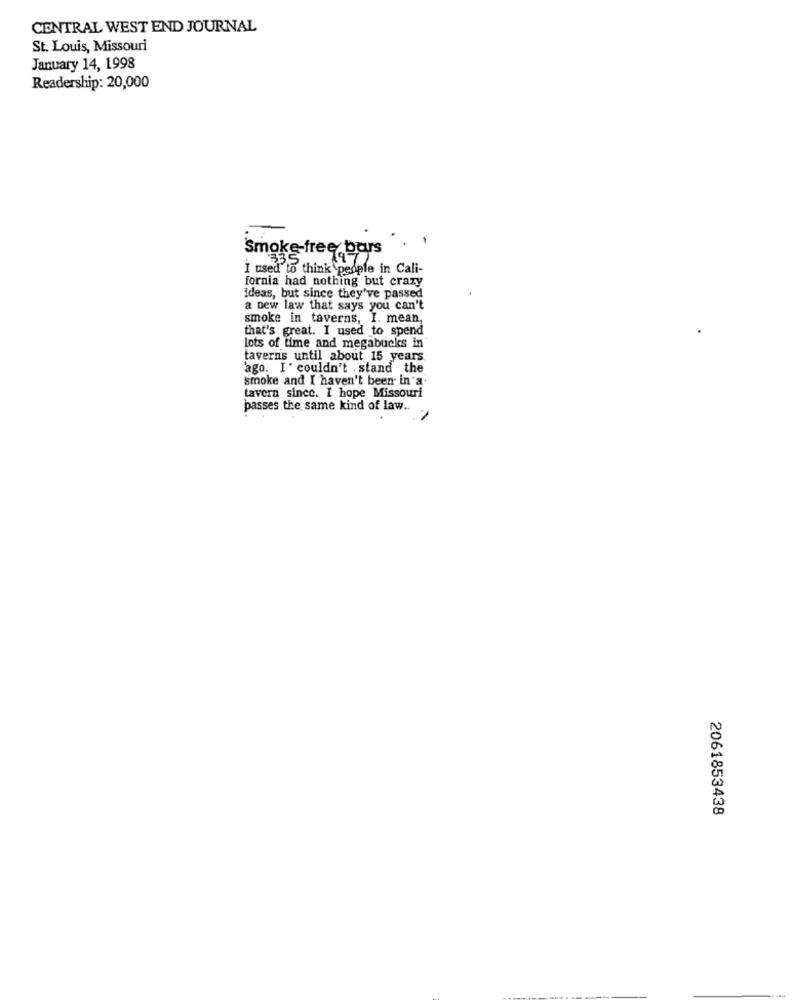
CENTRAL WEST END JOURNAL
St. Louis, Missouri
January 14, 1998
Readership: 20,000
Smoke-free bars
335
I used to think people in Cali-
fornia had nothing but crazy
ideas, but since they've passed
a new law that says you can't
smoke in taverns, I. mean,
that's great. I used to spend
lots of time and megabucks in
taverns until about 15 years
'ago. I' couldn't .stand the
smoke and I haven't been in a
tavern since. I hope Missouri
passes the same kind of law ..
2061853438